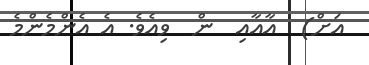
އަށް)  އާއާއި  ން  ވިއެވެ. އެ އެންމެންމެ